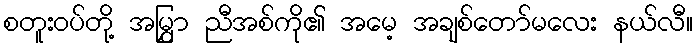
စတူးဝပ်တို့ အမြွှာ ညီအစ်ကို၏ အမေ့ အချစ်တော်မလေး နယ်လီ။